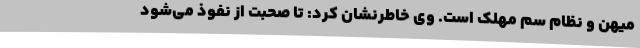
میهن و نظام سم مهلک است. وی خاطرنشان کرد: تا صحبت از نفوذ می‌شود